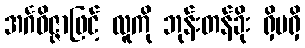
အင်္ဂဝိဇ္ဇာဖြင့် လူကို ဘုန်းတန်ခိုး ရှိမရှိ